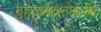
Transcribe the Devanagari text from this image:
बृहत्कथाश्लोकसंग्रहः